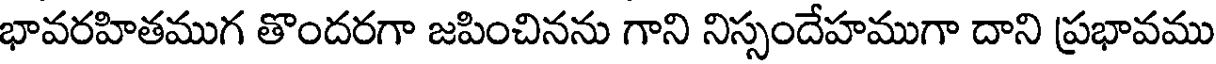
భావరహితముగ తొందరగా జపించినను గాని నిస్సందేహముగా దాని ప్రభావము